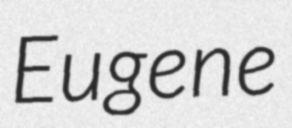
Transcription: Eugene